Vaccination United Provinces of Agra and Oudh 1902-1913 - 1902-1913
Year: 1902
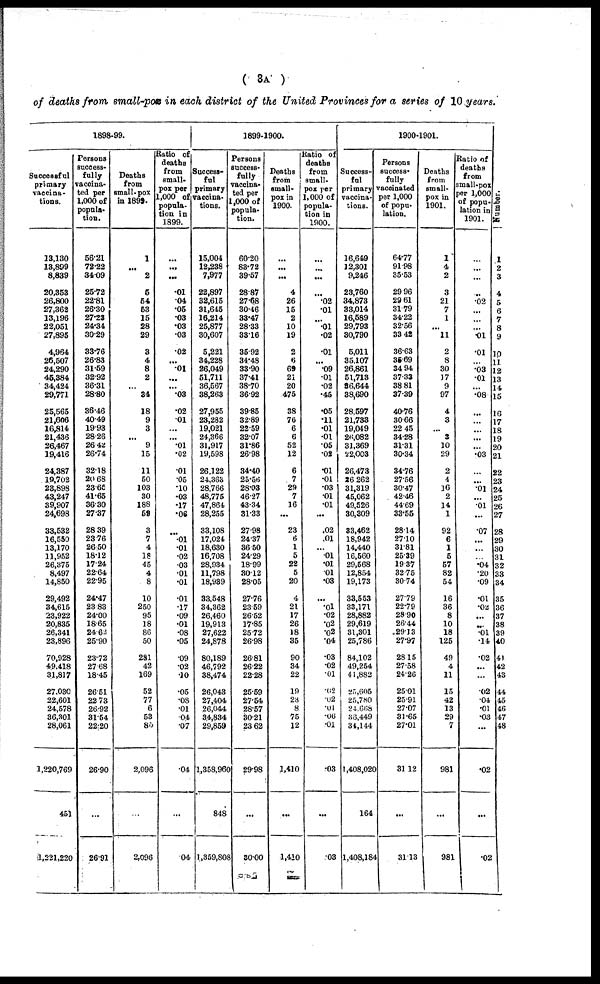
(3A)
of deaths from small-pox in each district of the United Provinces for a series of 10 years.
1898-99.
Successful
primary
vaccina-
tions.
13,130
13,899
8,839
20,353
26,800
27,362
13,196
22,051
27,895
4,964
26,507
24,290
45,384
34,424
29,771
25,565
21,606
16,814
21,436
26,467
19,416
24,387
19,702
23,898
43,247
39,907
24,698
33,532
16,550
13,170
11,952
26,375
8,497
14,850
29,492
34,615
23,922
20,835
26,341
23,896
70,928
49,418
31,817
27,030
22,601
24,578
36,301
28,061
1,220,769
451
1,221,220
Persons
success-
fully
vaccina¬
ted per
1,000 of
popula-
tion.
56.21
72.22
34.09
25.72
22.81
26.30
27.23
24.34
30.29
33.76
26.83
31.59
32.92
36.31
28.80
36.46
40.49
19.93
28.26
26.42
26.74
32.18
20.68
23.65
41.65
36.30
27.37
28.39
23.76
26.50
18.12
17.24
22.64
22.95
24.47
23.83
24.00
18.65
24.62
25.90
23.72
27. 68
18.45
26.51
22.73
26.92
31.54
22.20
26.90
...
26.91
Deaths
from
small-pox
in 1899.
1
...
2
5
54
53
15
28
29
3
4
8
2
...
34
18
9
3
...
9
15
11
50
103
30
188
59
3
7
4
18
45
4
8
10
250
95
18
86
50
281
42
169
52
77
6
53
85
2,096
...
2,096
Ratio of
deaths
from
small-
pox per
1,000 of
popula-
tion in
1899.
...
...
...
.01
.04
.05
.03
.03
.03
.02
...
.01
...
...
.03
.02
.01
...
...
.01
.02
.01
.05
.10
.03
.17
.06
...
.01
.01
.02
.03
.01
.01
.01
.17
.09
.01
.08
.05
.09
.02
.10
.05
.08
.01
.04
.07
.04
...
.04
1899-1900.
Success-
ful
primary
vaccina-
tions.
15,004
12,238
7,977
22,897
32,615
31,645
16,214
25,877
30,607
5,221
34,228
26,049
51,711
36,567
38,263
27,955
23,282
19,021
24,366
31,917
19,598
26,122
24,363
28,766
48,775
47,864
28,255
33,108
17,024
18,630
16,708
28,934
11,798
18,939
33,548
34,362
26,460
19,913
27,622
24,878
80,189
46,792
38,474
26,043
27,404
26,044
34,834
29,859
1,358,960
848
1,359,808
Persons
success-
fully
vaccina-
ted per
1,000 of
popula-
tion.
60.20
83.72
39.57
28.87
27.68
30.46
33.47
28.33
33.16
35.92
34.48
33.90
37.41
38.70
36.92
39.85
32.89
22.59
32.07
31.86
26.98
34.40
25.56
28.03
46.27
43.34
31.33
27.98
24.37
36.50
24.29
18.99
30.12
28.05
27.76
23.59
26.52
17.85
25.72
26.98
26.81
26.22
22.28
25.59
27.54
28.57
30.21
23.62
29.98
...
30.00
Deaths
from
small-
pox in
1900.
...
...
...
4
26
15
2
10
19
2
6
69
21
20
475
38
76
6
6
52
12
6
7
29
7
16
...
23
6
1
5
22
5
20
4
21
17
26
18
35
90
34
22
19
23
8
75
12
1,410
...
1,410
Ratio of
deaths
from
small-
pox per
1,000 of
popula-
tion in
1900.
...
...
...
...
.02
.01
...
.01
.02
.01
...
.09
.01
.02
.45
.05
.11
.01
.01
.05
.02
.01
.01
.03
.01
.01
...
.02
.01
...
.01
.01
.01
.03
...
.01
.02
.02
.02
.04
.03
.02
.01
.02
.02
.01
.06
.01
.03
...
.03
1900-1901.
Success-
ful
primary
vaccina-
tions.
16,649
12,301
9,246
23,760
34,873
33,014
16,589
29,793
30,790
5,011
35,107
26,861
51,713
36,644
38,690
28,597
21,733
19,049
26,082
31,369
22,003
26,473
26,262
31,319
45,062
49,526
30,309
33,462
18,942
14,440
16,560
29,568
12,854
19,173
33,553
33,171
28,882
29,619
31,301
25,786
84,102
49,254
41,882
25,605
25,780
24,668
36,449
34,144
1,408,020
164
1,408,184
Persons
success-
fully
vaccinated
per 1,000
of popu¬
lation.
64.77
91.98
35.53
29.96
29.61
31.79
34.22
32.56
33.42
36.63
35.69
34.94
37.33
38.81
37.39
40.76
30.66
22.45
34.28
31.31
30.34
34.76
27.56
30.47
42.46
44.69
33.55
28.14
27.10
31.81
25.39
19.37
32.75
30.74
27.79
22.79
28.90
26.44
29.13
27.97
28.15
27.58
24.26
25.01
25.91
27.07
31.65
27.01
31.12
...
31.13
Deaths
from
small-
pox in
1901.
1
4
2
3
21
7
1
...
11
2
8
30
17
9
97
4
3
...
3
10
29
2
4
16
2
14
1
92
6
1
5
57
82
54
16
36
8
10
18
125
49
4
11
15
42
13
29
7
981
...
981
Ratio of
deaths
from
small-pox
per 1,000
of popu-
lation in
1901.
...
...
...
...
.02
...
...
...
.01
.01
...
.03
.01
...
.08
...
...
...
...
...
.03
...
...
.01
...
.01
...
.07
...
...
...
.04
.20
.09
.01
.02
...
...
.01
.14
.02
...
...
02
.04
.01
.03
...
.02
...
.02
Number.
1
2
3
4
5
6
7
8
9
10
11
12
13
14
15
16
17
18
19
20
21
22
23
24
25
26
27
28
29
30
31
32
33
34
35
36
37
38
39
40
41
42
43
44
45
46
47
48